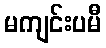
မကျင်းပမီ